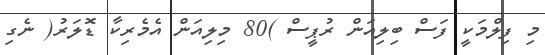
މި ފިލްމަކީ ފަސް ބިލިއަން ރުޕީސް )80 މިލިއަން އެމެރިކާ ޑޮލަރު( ނެގި